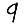
Digit: 9